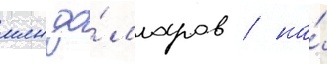
млн до́лларов / на́